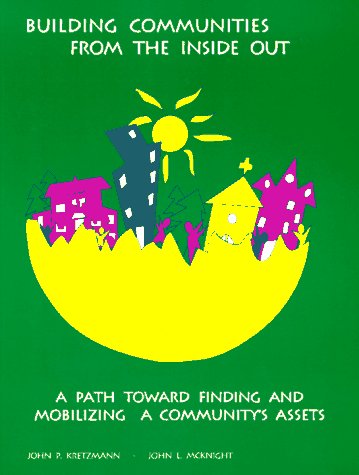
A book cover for Building Communities from the Inside Out: A Path Toward Finding and Mobilizing a Community's Assets; John P. Kretzmann; Politics & Social Sciences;